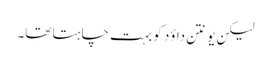
لیکن یونتن داؤد کو بہت چاہتا تھا۔